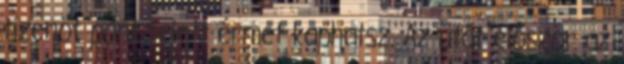
tizenöt pont felett érmet kaphatsz. Az ütőt először az